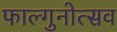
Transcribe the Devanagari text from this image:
फाल्गुनोत्सव